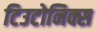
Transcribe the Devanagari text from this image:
टिउटोनिक्स